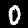
Digit: 0